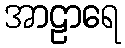
အာဠာရေ